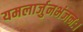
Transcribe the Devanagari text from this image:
यमलार्जुनभंजनः।